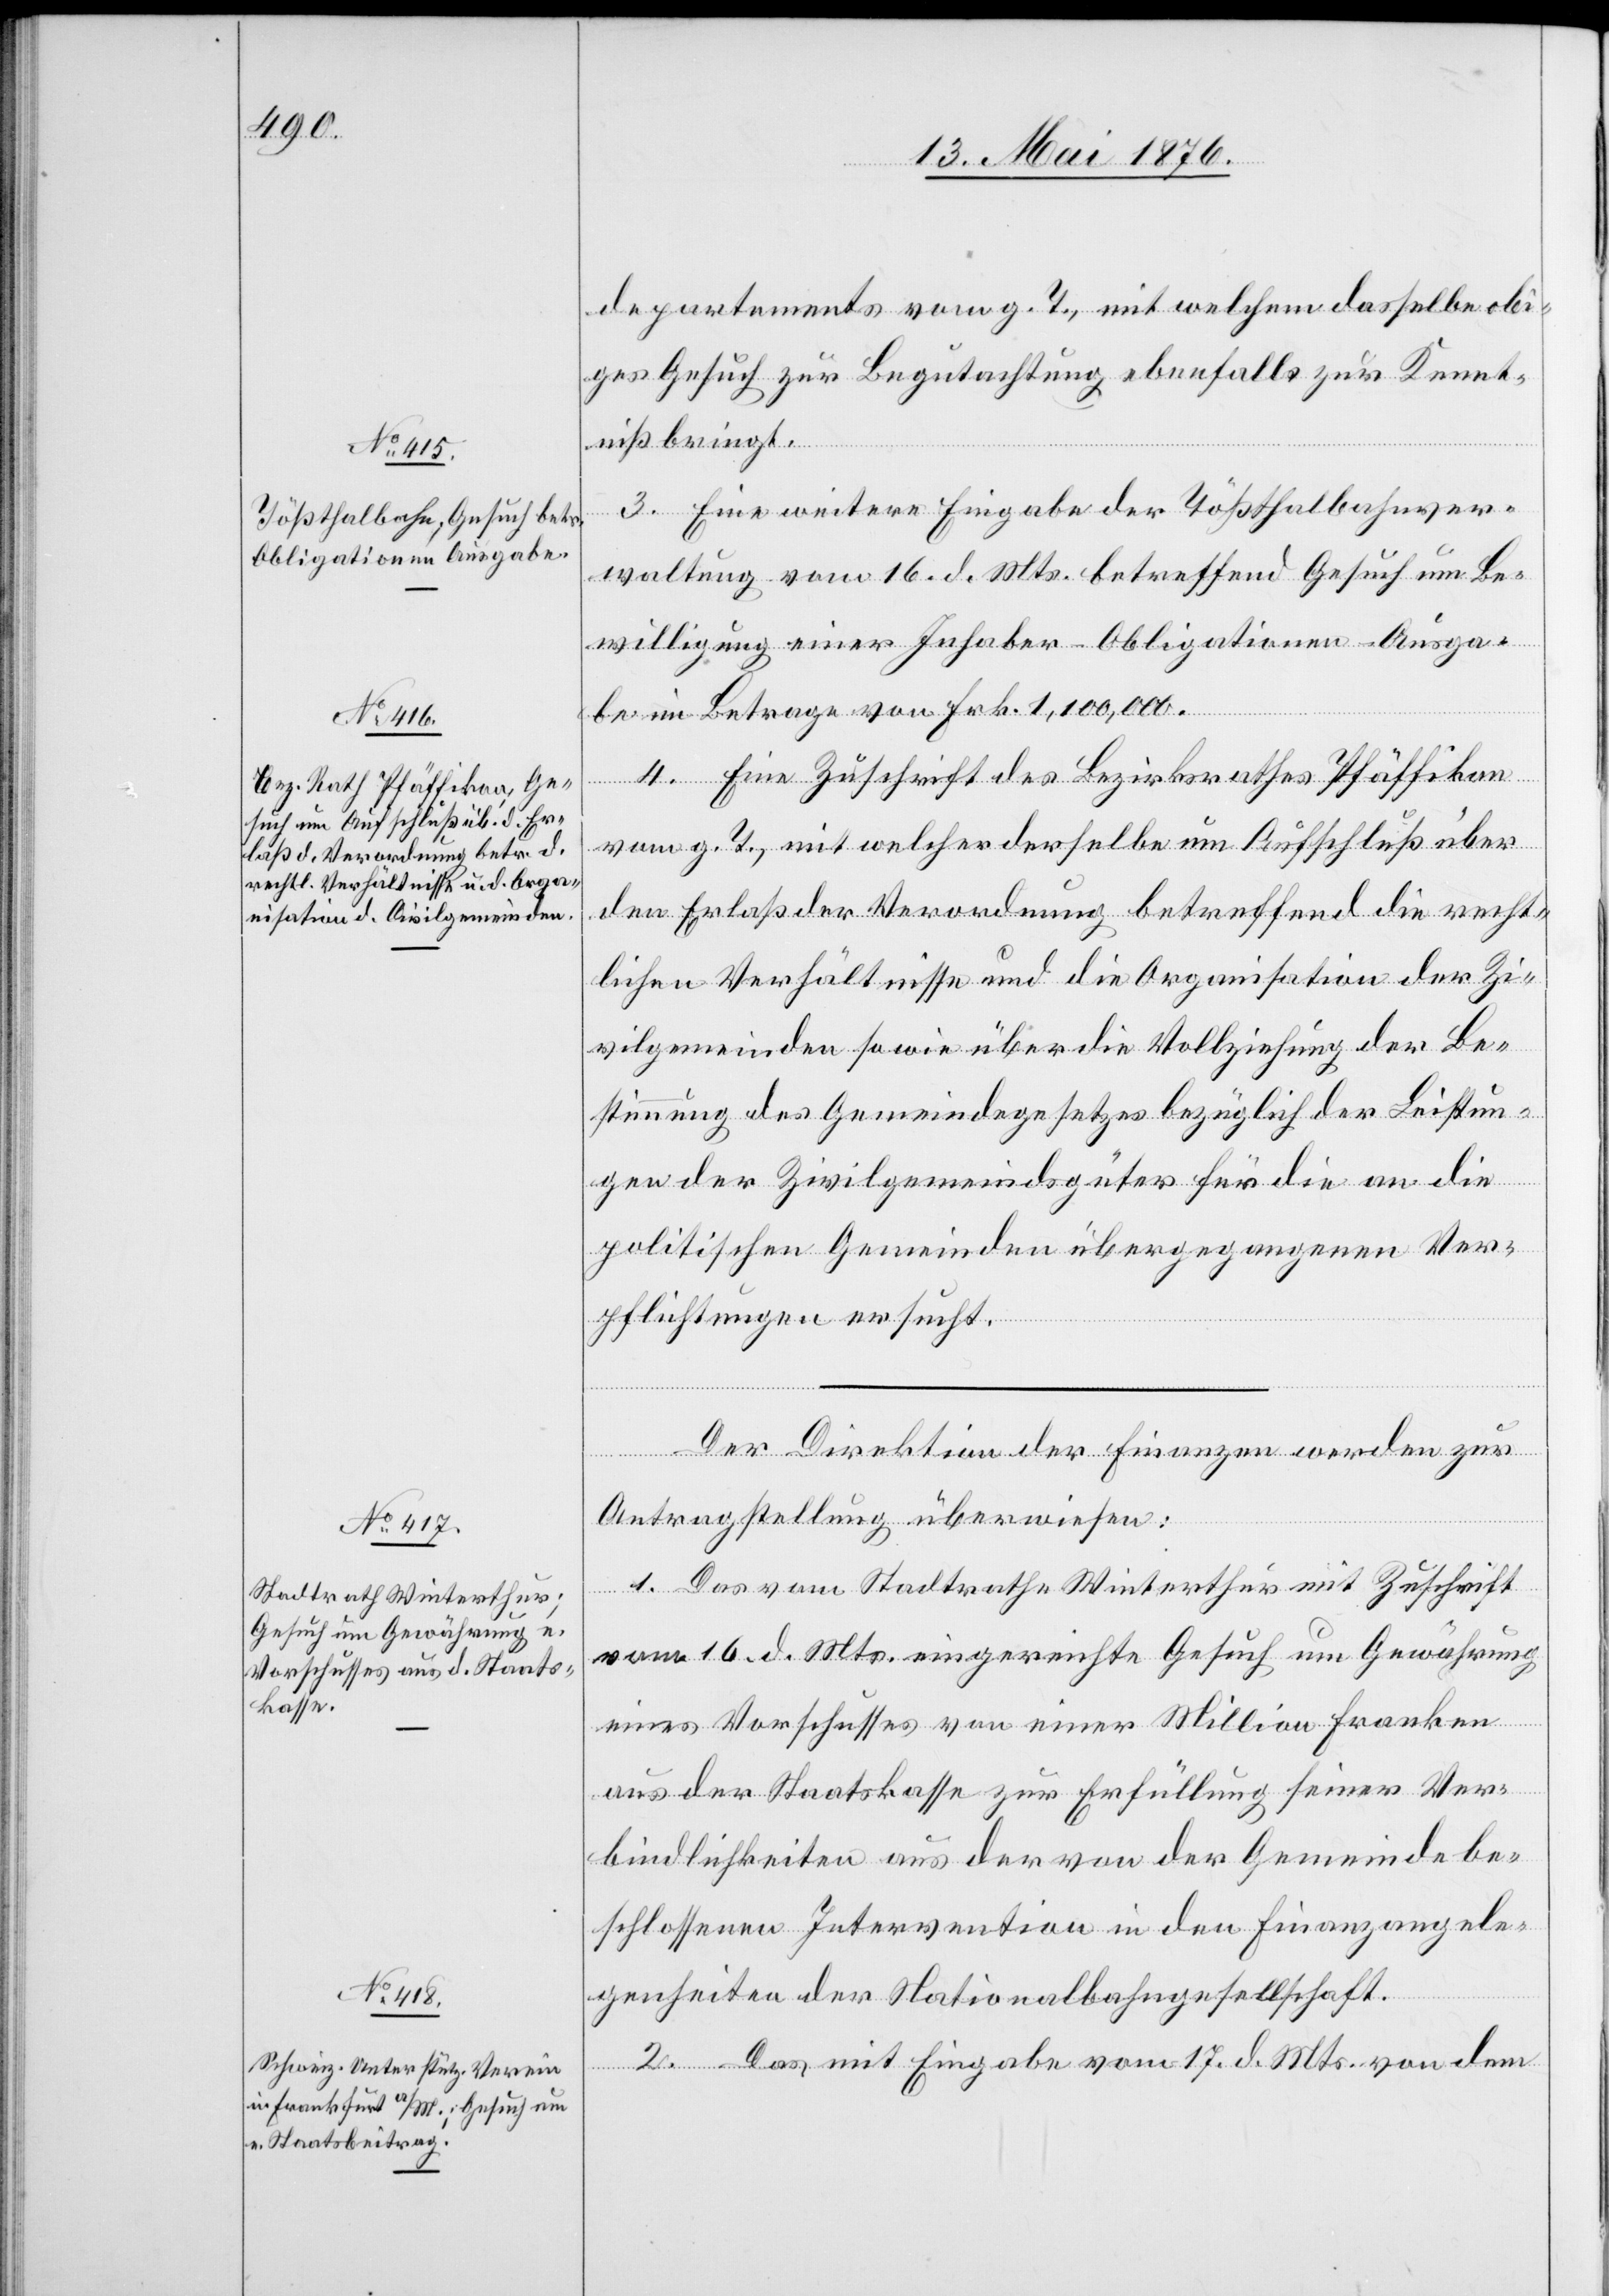
18. Mai 1876.]
departements vom g. T., mit welchen dasselbe die¬
ses Gesuch zur Begutachtung ebenfalls zur Kennt¬
niß bringt.
3. Eine weitere Eingabe der Tößthalbahnver¬
waltung vom 16. d. Mts. betreffend Gesuch um Be¬
willigung einer Inhaber-Obligationen-Ausga¬
be im Betrage von Frk. 1,100,000.
4. Eine Zuschrift des Bezirksrathes Pfäffikon
vom g. T., mit welcher derselbe um Aufschluß über
den Erlaß der Verordnung betreffend die recht¬
lichen Verhältnisse und die Organisation der Zi¬
vilgemeinden sowie über die Vollziehung der Be¬
stimmung des Gemeindegesetzes bezüglich der Leistun¬
gen der Zivilgemeindsgüter für die an die
politischen Gemeinden übergegangenen Ver¬
pflichtungen ersucht.
Der Direktion der Finanzen werden zur
Antragstellung überwiesen:
1. Das vom Stadtrathe Winterthur mit Zuschrift
vom 16. d. Mts. eingereichte Gesuch um Gewährung
eines Vorschusses von einer Million Franken
aus der Staatskasse zur Erfüllung seiner Ver¬
bindlichkeiten aus der von der Gemeinde be¬
schlossenen Intervention in den Finanzangele¬
genheiten der Nationalbahngesellschaft.
2. Das mit Eingabe vom 17. d. Mts. von dem